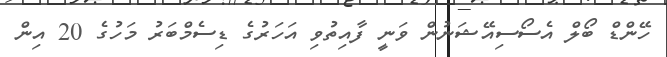
ހޭންޑް ބޯލް އެސޯސިއޭޝަނުން ވަނީ ފާއިތުވި އަހަރުގެ ޑިސެމްބަރު މަހުގެ 20 އިން